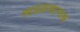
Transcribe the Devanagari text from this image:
आढळणार्‍यअ